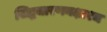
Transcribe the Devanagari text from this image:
सिद्धचारणयक्षाश्च